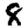
Digit: 8